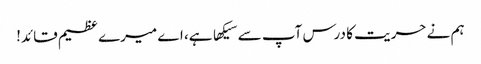
ہم نے حریت کا درس آپ سے سیکها ہے، اے میرے عظیم قائد!